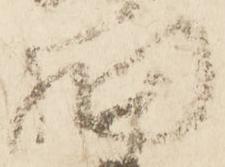
細